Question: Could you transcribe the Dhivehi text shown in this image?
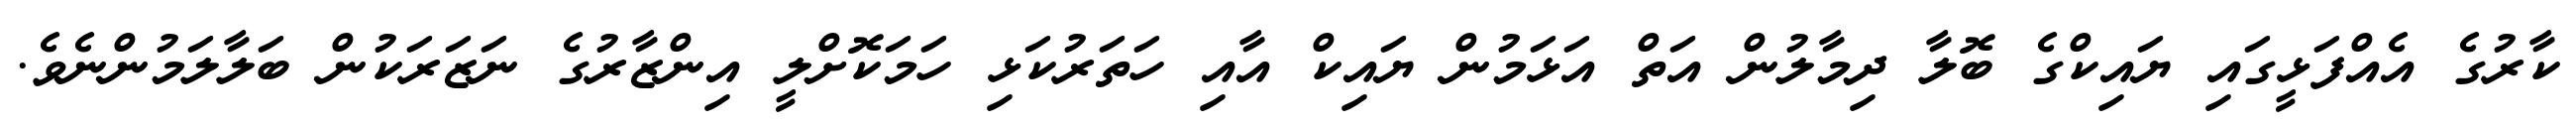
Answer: ކާރުގެ އެއްފަޅީގައި ޔައިކްގެ ބޮލާ ދިމާލުން އަތް އަޅަމުން ޔައިކް އާއި ހަތަރުކަޅި ހަމަކޮށްލީ އިންޒާރުގެ ނަޒަރަކުން ބަލާލަމުންނެވެ.